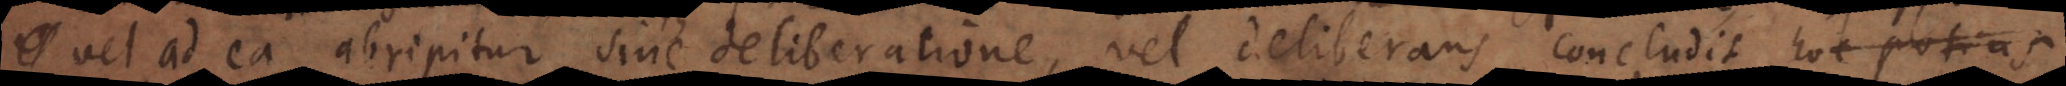
vel ad ea abripitur sine deliberatione, vel deliberans concludit hoc potius